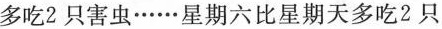
多吃2只害虫……星期六比星期天多吃2只